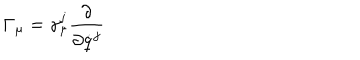
{ \bf \Gamma } _ { \mu } = \gamma _ { \mu } ^ { j } { \frac { \partial } { \partial { \dot { q } } ^ { j } } }